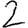
Digit: 2